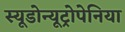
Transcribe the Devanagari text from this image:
स्यूडोन्यूट्रोपेनिया